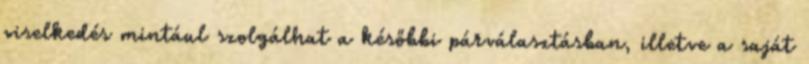
viselkedés mintául szolgálhat a későbbi párválasztásban, illetve a saját